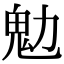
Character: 𩱹